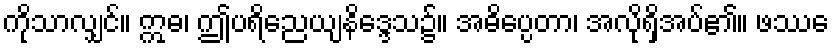
ကိုသာလျှင်။ ဣဓ၊ ဤပရိညေယျနိဒ္ဒေသ၌။ အဓိပ္ပေတာ၊ အလိုရှိအပ်၏။ ဖဿေ